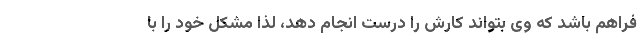
فراهم باشد که وی بتواند کارش را درست انجام دهد، لذا مشکل خود را با